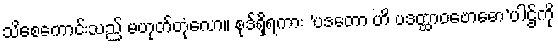
သိစေကောင်းသည် မဟုတ်တုံလော။ စုဒ်ရှိရကား ‘ပဒတော ဟိ ပဒတ္ထာဝဗောဓော’ပါဌ်ကို